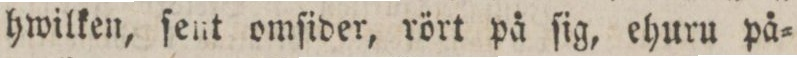
hwilken, ſent omſider, rört på ſig, ehuru på=